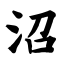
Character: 沼